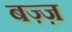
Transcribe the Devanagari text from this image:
बज़्ज़